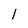
Character: 1